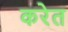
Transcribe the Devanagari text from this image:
करेत